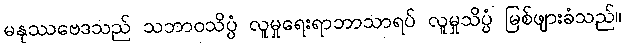
မနုဿဗေဒသည် သဘာဝသိပ္ပံ လူမှုရေးရာဘာသာရပ် လူမှုသိပ္ပံ မြစ်ဖျားခံသည်။